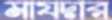
মাযদার